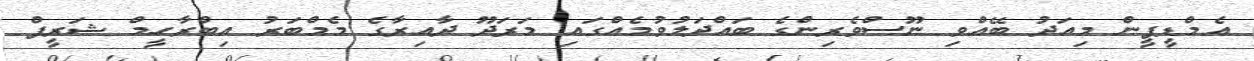
އެމްޑީޕީން މިއަދު ބޭއްވި ނޫސްވެރިންގެ ބައްދަލުވުމެއްގައި މަރަދޫ ދާއިރާގެ މެމްބަރު އިބްރާހީމް ޝަރީފް